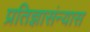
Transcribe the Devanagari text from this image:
प्रतिज्ञासंन्यास